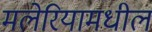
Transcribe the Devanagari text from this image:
मलेरियामधील